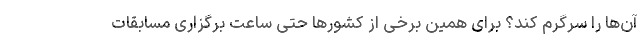
آن‌ها را سرگرم کند؟ برای همین برخی از کشورها حتی ساعت برگزاری مسابقات